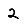
Digit: 2